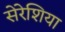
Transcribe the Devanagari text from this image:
सेरेशिया